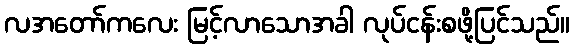
လအတော်ကလေး မြင့်လာသောအခါ လုပ်ငန်းစဖို့ပြင်သည်။